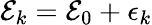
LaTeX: {\cal E}_{k}={\cal E}_{0}+\epsilon_{k}